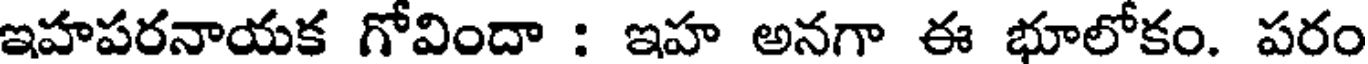
ఇహపరనాయక గోవిందా : ఇహ అనగా ఈ భూలోకం. పరం